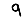
Digit: 9